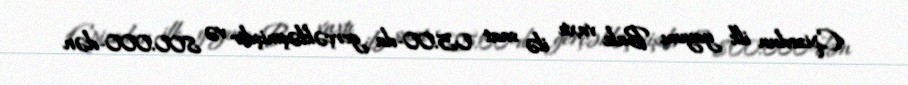
Epizodun ilk yayımı Bakı vaxtı ilə saat 05:00-da gerçəkləşmişdir və 800.000-dən